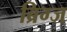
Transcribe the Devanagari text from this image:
ब्रिग्ज